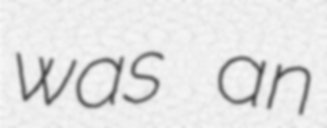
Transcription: was an